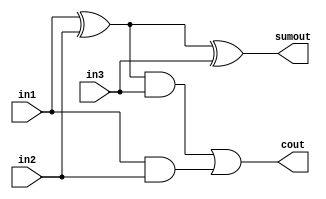
module csa32(cout,sumout,in1,in2,in3);
input[31:0]in1,in2,in3;
output[31:0]cout,sumout;
assign sumout=(in1^in2)^in3;
assign cout=((in1^in2)&in3)|(in1&in2);
endmodule